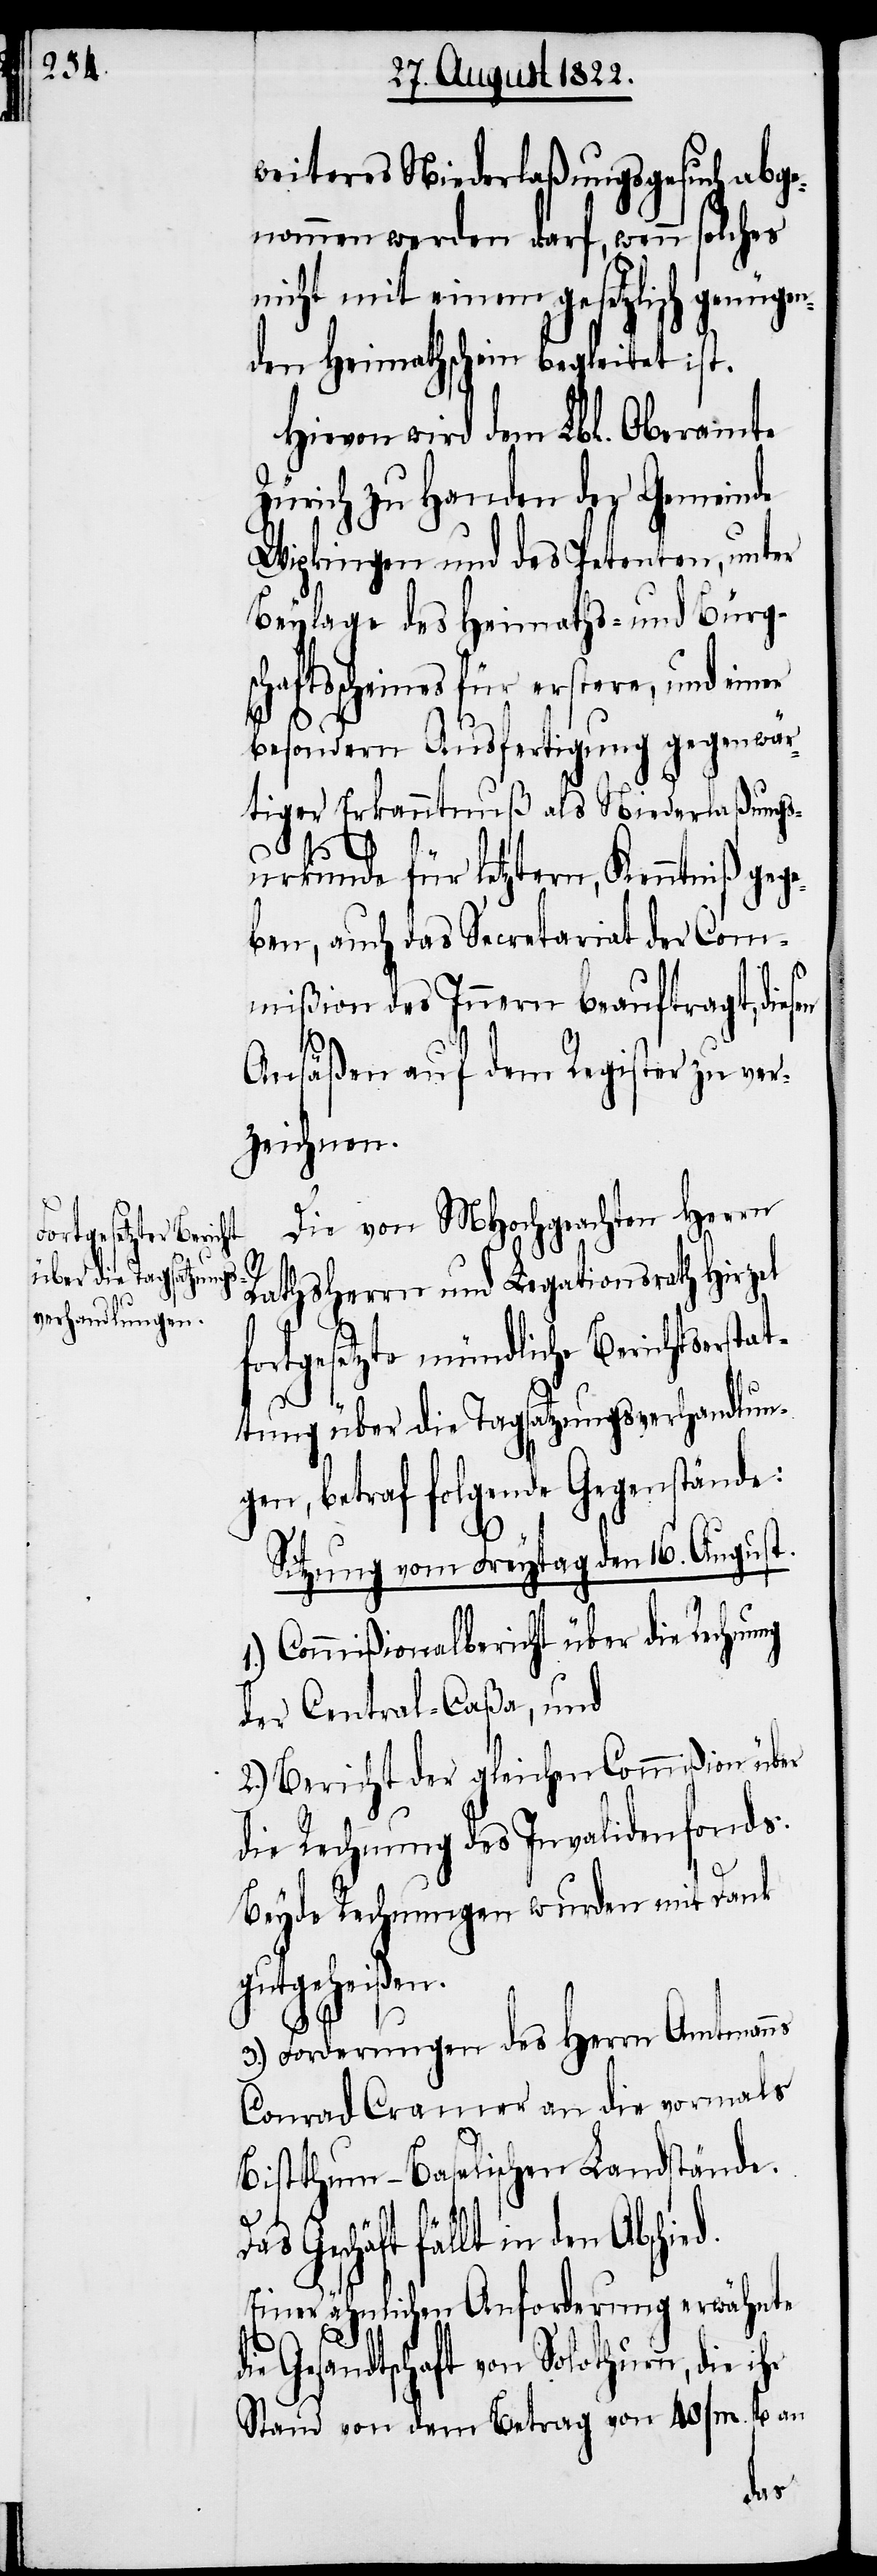
weiteres Niederlaßungsgesuch abge¬
nommen werden darf, wenn solches
nicht mit einem gesetzlich genügen¬
den Heimathschein begleitet ist.
Hievon wird dem Lbl. Oberamte
Zürich zu Handen der Gemeinde
Wipkingen und des Petenten, unter
Beylage des Heimaths- und Bürgs¬
chaftsscheines für erstere, und einer
besondern Ausfertigung gegenwär¬
tiger Erkanntnuß als Niederlaßungs¬
urkunde für letztern, Kenntniß gege¬
ben, auch das Secretariat der Com¬
mißion des Innern beauftragt, diesen
Ansäßen auf dem Register zu ver¬
zeichnen.
Die von MHochgeachten Herrn
Rathsherrn und Legationsrath Hirzel
fortgesetzte münldiche Berichtserstat¬
tung über die Tagsatzungsverhandlun¬
gen, betraf folgende Gegenstände:
Sitzung vom Freytag den 16. August.
1.) Commißionalbericht über die Rechnung
der Central-Caßa, und
2.) Bericht der gleichen Commißion über
die Rechnung des Invalidenfonds.
Beyde Rechnungen wurden mit Dank
gutgeheißen.
3.) Forderungen des Herrn Amtmanns
Conrad Cramer an die vormals
Bisthum-Baselischen Landstände.
d.
Das Geschäft fällt in den Abschie¬
Einer ähnlichen Anforderung erwähnte
die Gesandtschaft von Solothurn, die ihr
Stand von dem Betrag von 40/m fl an